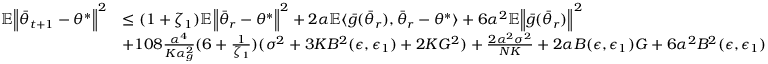
\begin{array} { r l } { \mathbb { E } \Big \lVert \bar { \theta } _ { t + 1 } - \theta ^ { * } \Big \rVert ^ { 2 } } & { \le ( 1 + \zeta _ { 1 } ) \mathbb { E } \Big \lVert \bar { \theta } _ { r } - \theta ^ { * } \Big \rVert ^ { 2 } + 2 \alpha \mathbb { E } \langle \bar { g } ( \bar { \theta } _ { r } ) , \bar { \theta } _ { r } - \theta ^ { * } \rangle + 6 \alpha ^ { 2 } \mathbb { E } \Big \lVert \bar { g } ( \bar { \theta } _ { r } ) \Big \rVert ^ { 2 } } \\ & { + 1 0 8 \frac { \alpha ^ { 4 } } { K \alpha _ { g } ^ { 2 } } ( 6 + \frac { 1 } { \zeta _ { 1 } } ) ( \sigma ^ { 2 } + 3 K B ^ { 2 } ( \epsilon , \epsilon _ { 1 } ) + 2 K G ^ { 2 } ) + \frac { 2 \alpha ^ { 2 } \sigma ^ { 2 } } { N K } + 2 \alpha B ( \epsilon , \epsilon _ { 1 } ) G + 6 \alpha ^ { 2 } B ^ { 2 } ( \epsilon , \epsilon _ { 1 } ) } \end{array}